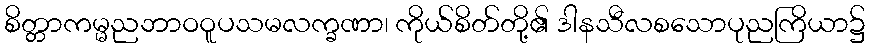
စိတ္တာကမ္မညဘာဝဝူပသမလက္ခဏာ၊ ကိုယ်စိတ်တို့၏ ဒါနသီလစသောပုညကြိယာ၌